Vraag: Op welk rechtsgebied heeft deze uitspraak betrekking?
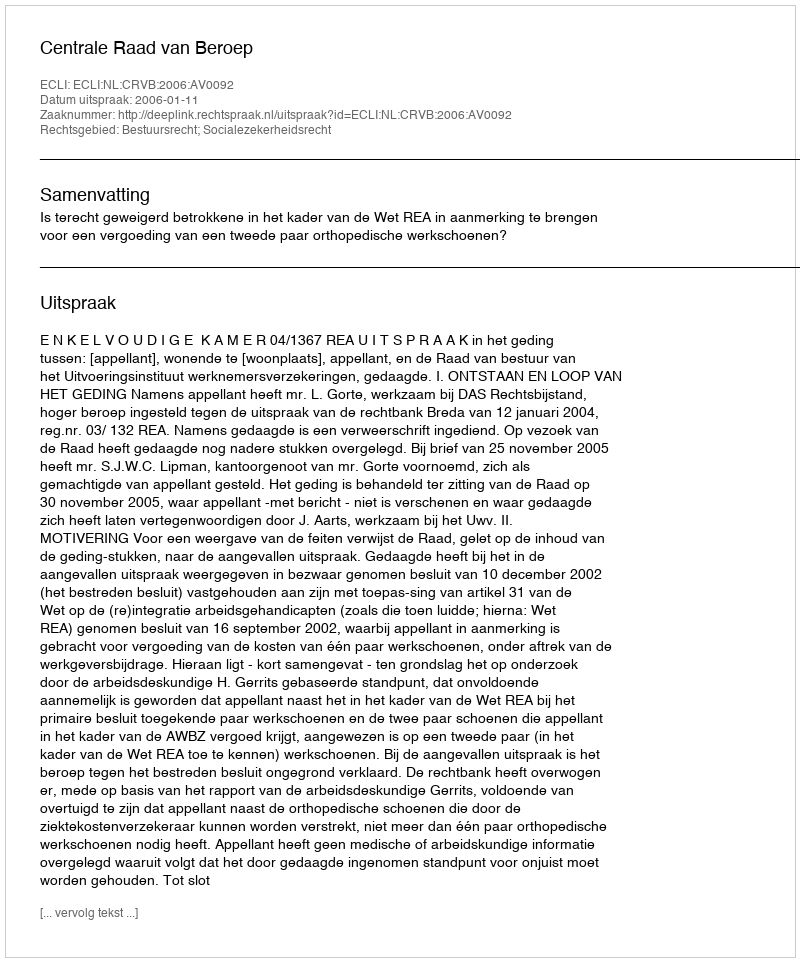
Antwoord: Bestuursrecht; Socialezekerheidsrecht